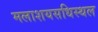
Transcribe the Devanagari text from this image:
मलाशयसधिस्थल